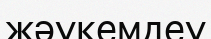
жәукемдеу